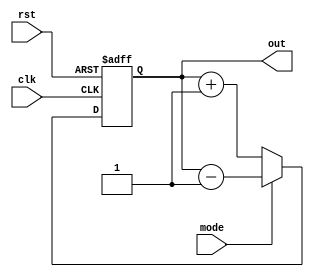
module up_down_counter(clk,rst,mode,out);
  parameter width=8;
  input clk,rst,mode;
  output reg [width-1:0] out;
  
  always@(negedge clk or posedge rst)
    begin

      if(rst)
        out <= 0;
      else if(!mode)
        out <= out + 1;
      else 
        out <= out - 1;
	
    end
endmodule